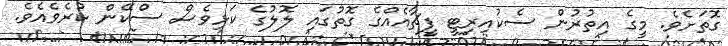
ގޮތަށެވެ. މީގެ އިތުރުން ސެކުއިރިޓީ ފީޗާއެއްގެ ގޮތުގައި ލޮލުގެ ކަޅިވެސް ސްކޭން ކުރެވެއެވެ.